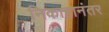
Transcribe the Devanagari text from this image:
निकाहानंतर